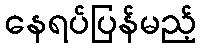
နေရပ်ပြန်မည့်